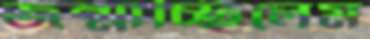
জন্মাচ্ছিলেম